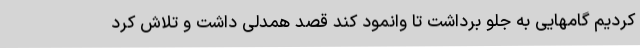
کردیم گامهایی به جلو برداشت تا وانمود کند قصد همدلی داشت و تلاش کرد